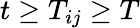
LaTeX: t\geq T_{ij}\geq T